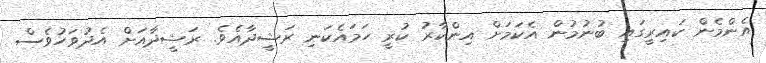
އެންމެން ކައިރީގައި ބުނުމުން އެކަމަށް އިންކާރު ކުރީ ހަމައެކަނި ރަޝީދާއެވެ. ރަޝީދާއަށް އެދުވަހުވެސް